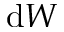
\mathrm { d } W